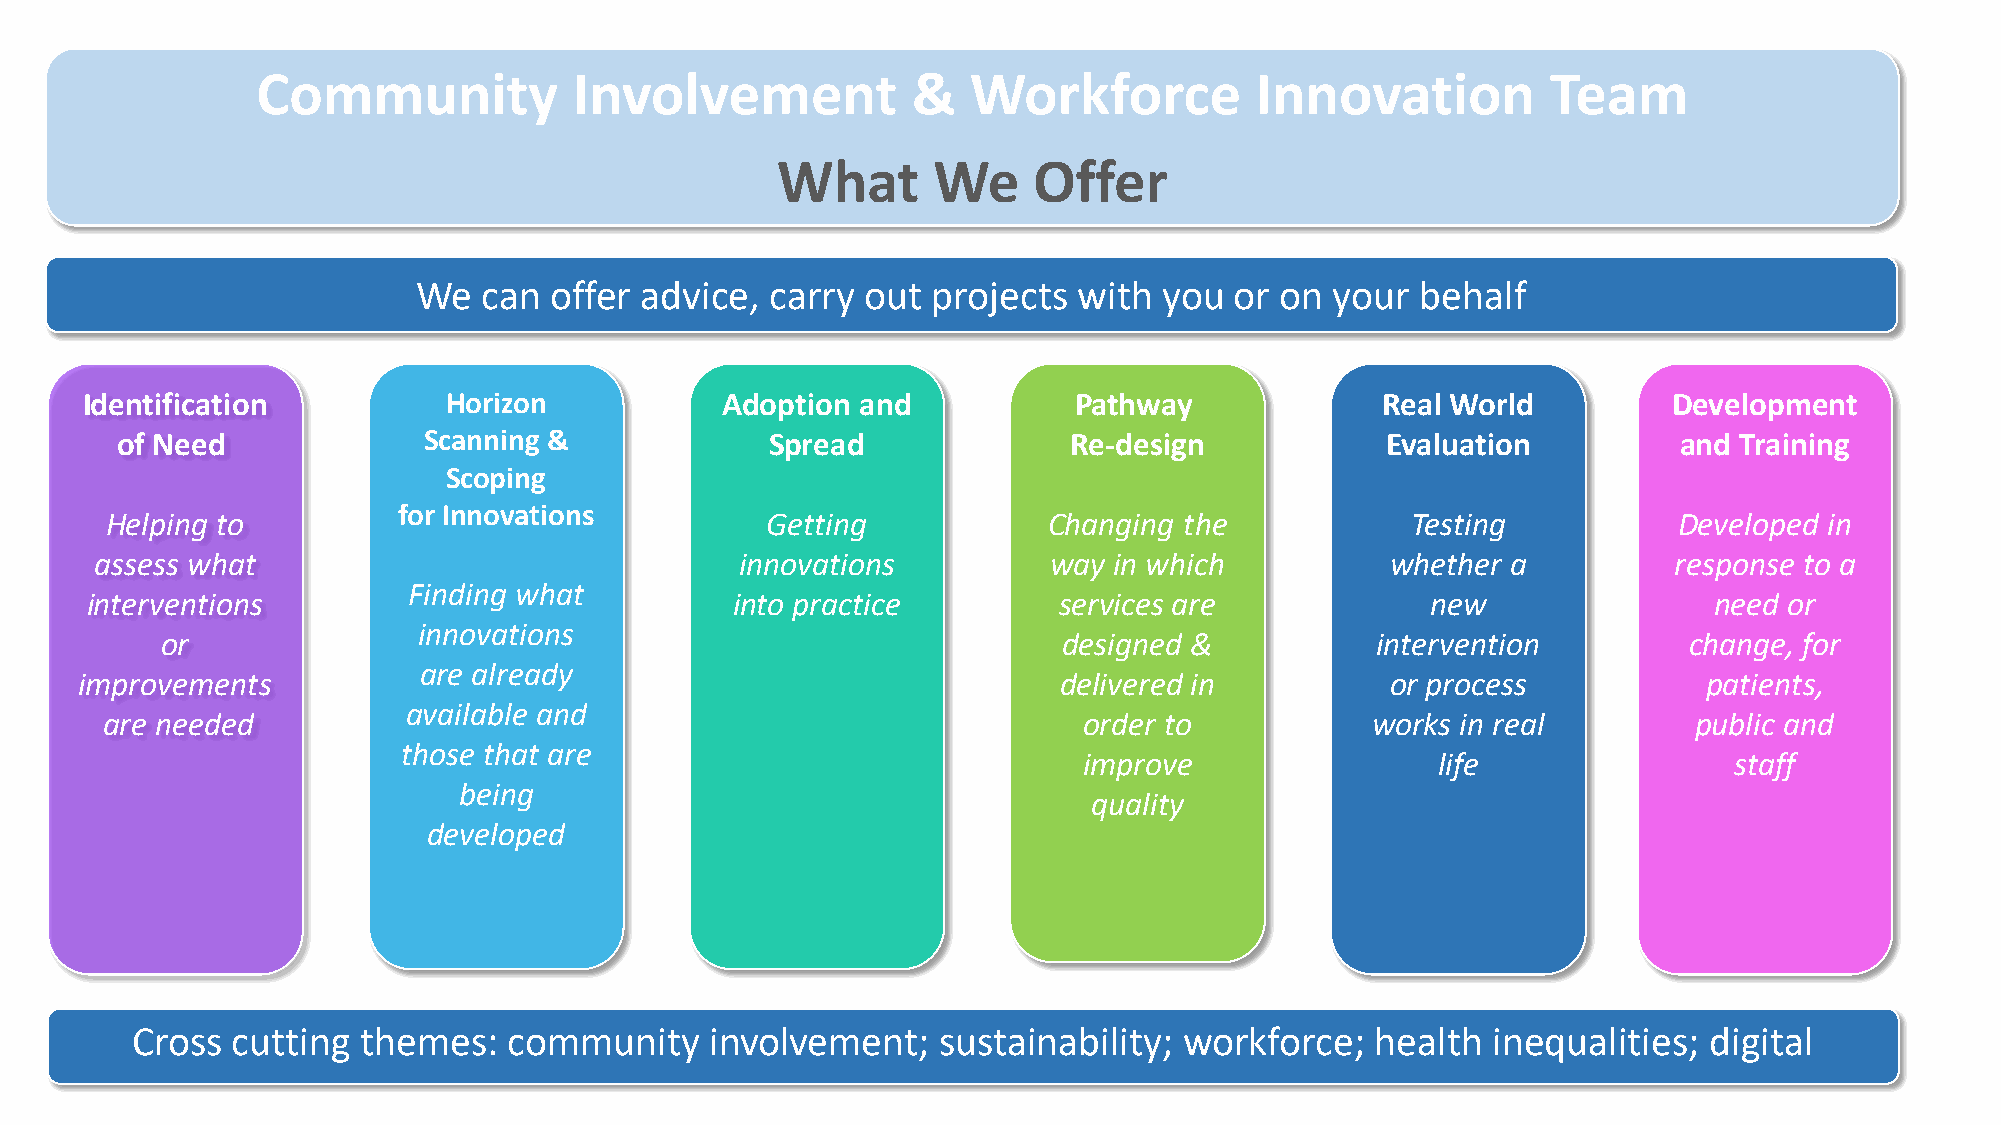
Community            Involvement           &   Workforce          Innovation          Team
 What       We    Offer
 We  can offer advice,  carry out  projects with  you  or on your  behalf
 Identification          Horizon            Adoption and           Pathway             Real World          Development
 of Need             Scanning &             Spread              Re-design            Evaluation         and Training
 Scoping
 Helping to         for Innovations          Getting           Changing the            Testing           Developed in
 assess what                                innovations         way  in which          whether a          response to a
 Finding what
 interventions                              into practice        services are             new               need or
 innovations
 or                                                         designed &           intervention         change, for
 are already
 improvements                                                     delivered in          or process           patients,
 available and
 are needed                                                       order to           works in real        public and
 those that are
 improve                life                staff
 being
 quality
 developed
 Cross cutting  themes:   community    involvement;   sustainability; workforce;   health  inequalities; digital